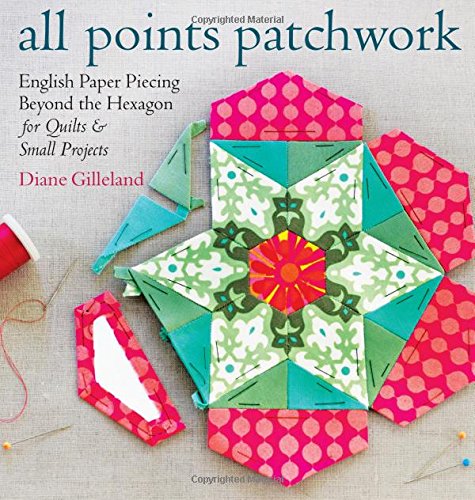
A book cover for All Points Patchwork: English Paper Piecing beyond the Hexagon for Quilts & Small Projects; Diane Gilleland; Crafts, Hobbies & Home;